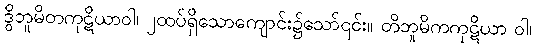
ဒွိဘူမိတကုဋိယာဝါ၊ ၂ထပ်ရှိသောကျောင်း၌သော်၎င်း။ တိဘူမိကကုဋိယာ ဝါ၊